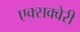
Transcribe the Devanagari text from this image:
एक्सक्वेरी